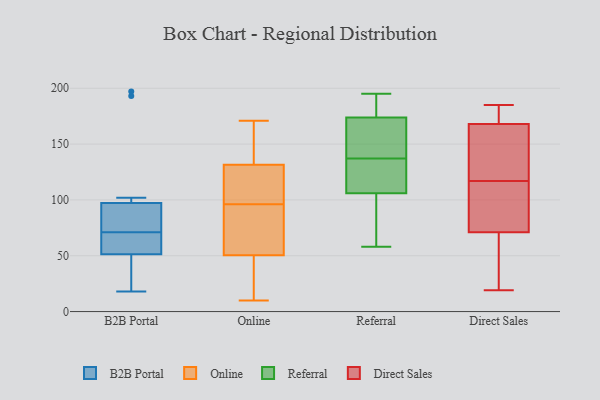
{"axis": {"x": "Operating Costs (USD K)", "y": "Value"}, "legend": ["B2B Portal", "Direct Sales", "Online", "Referral"], "data": [{"x": "", "y": 83, "type": "B2B Portal"}, {"x": "", "y": 102, "type": "B2B Portal"}, {"x": "", "y": 26, "type": "B2B Portal"}, {"x": "", "y": 71, "type": "B2B Portal"}, {"x": "", "y": 197, "type": "B2B Portal"}, {"x": "", "y": 57, "type": "B2B Portal"}, {"x": "", "y": 76, "type": "B2B Portal"}, {"x": "", "y": 52, "type": "B2B Portal"}, {"x": "", "y": 18, "type": "B2B Portal"}, {"x": "", "y": 193, "type": "B2B Portal"}, {"x": "", "y": 51, "type": "B2B Portal"}, {"x": "", "y": 23, "type": "Online"}, {"x": "", "y": 10, "type": "Online"}, {"x": "", "y": 52, "type": "Online"}, {"x": "", "y": 144, "type": "Online"}, {"x": "", "y": 96, "type": "Online"}, {"x": "", "y": 78, "type": "Online"}, {"x": "", "y": 112, "type": "Online"}, {"x": "", "y": 61, "type": "Online"}, {"x": "", "y": 138, "type": "Online"}, {"x": "", "y": 108, "type": "Online"}, {"x": "", "y": 139, "type": "Online"}, {"x": "", "y": 47, "type": "Online"}, {"x": "", "y": 59, "type": "Online"}, {"x": "", "y": 112, "type": "Online"}, {"x": "", "y": 50, "type": "Online"}, {"x": "", "y": 40, "type": "Online"}, {"x": "", "y": 171, "type": "Online"}, {"x": "", "y": 151, "type": "Online"}, {"x": "", "y": 96, "type": "Online"}, {"x": "", "y": 195, "type": "Referral"}, {"x": "", "y": 58, "type": "Referral"}, {"x": "", "y": 169, "type": "Referral"}, {"x": "", "y": 193, "type": "Referral"}, {"x": "", "y": 156, "type": "Referral"}, {"x": "", "y": 132, "type": "Referral"}, {"x": "", "y": 133, "type": "Referral"}, {"x": "", "y": 163, "type": "Referral"}, {"x": "", "y": 76, "type": "Referral"}, {"x": "", "y": 69, "type": "Referral"}, {"x": "", "y": 137, "type": "Referral"}, {"x": "", "y": 116, "type": "Referral"}, {"x": "", "y": 188, "type": "Referral"}, {"x": "", "y": 71, "type": "Direct Sales"}, {"x": "", "y": 170, "type": "Direct Sales"}, {"x": "", "y": 82, "type": "Direct Sales"}, {"x": "", "y": 50, "type": "Direct Sales"}, {"x": "", "y": 169, "type": "Direct Sales"}, {"x": "", "y": 178, "type": "Direct Sales"}, {"x": "", "y": 152, "type": "Direct Sales"}, {"x": "", "y": 110, "type": "Direct Sales"}, {"x": "", "y": 185, "type": "Direct Sales"}, {"x": "", "y": 168, "type": "Direct Sales"}, {"x": "", "y": 125, "type": "Direct Sales"}, {"x": "", "y": 106, "type": "Direct Sales"}, {"x": "", "y": 122, "type": "Direct Sales"}, {"x": "", "y": 19, "type": "Direct Sales"}, {"x": "", "y": 48, "type": "Direct Sales"}, {"x": "", "y": 127, "type": "Direct Sales"}, {"x": "", "y": 62, "type": "Direct Sales"}, {"x": "", "y": 112, "type": "Direct Sales"}]}